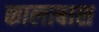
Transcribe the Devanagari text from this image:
कालाबाश